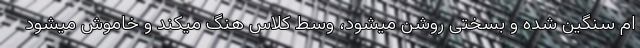
ام سنگین شده و بسختی روشن میشود، وسط کلاس هنگ میکند و خاموش میشود